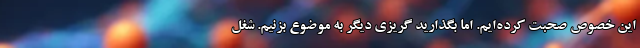
این خصوص صحبت کرده‌ایم. اما بگذارید گریزی دیگر به موضوع بزنیم. شغل